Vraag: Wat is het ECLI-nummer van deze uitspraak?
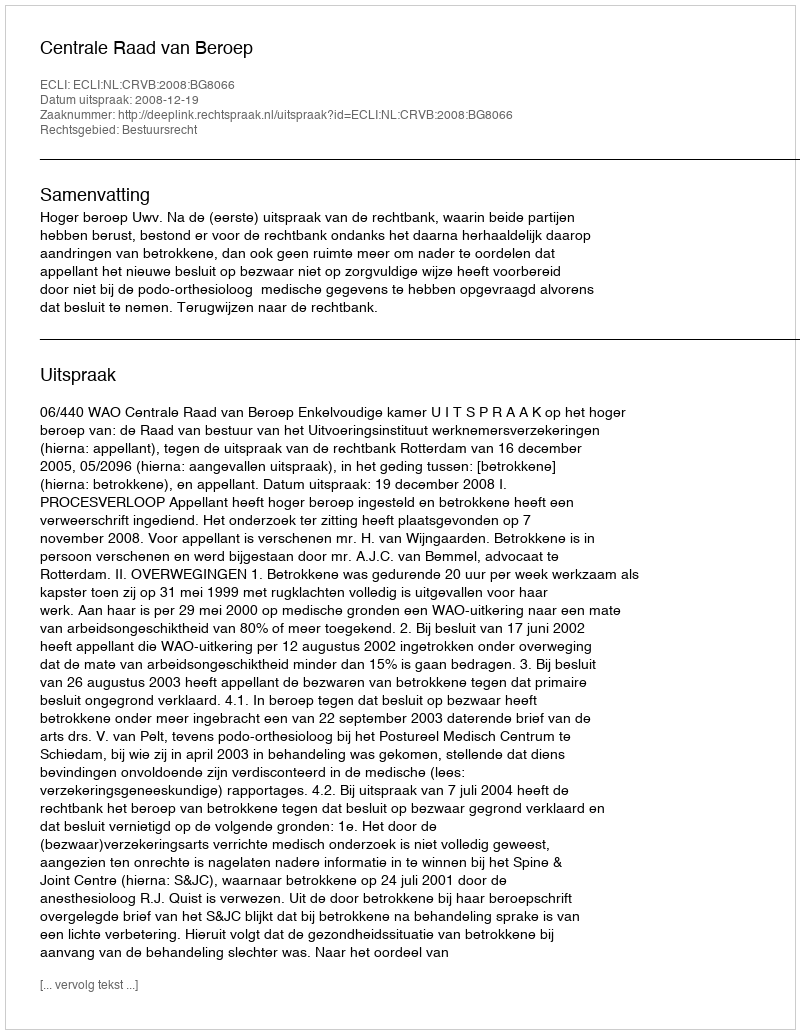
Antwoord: ECLI:NL:CRVB:2008:BG8066